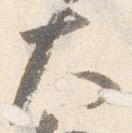
大